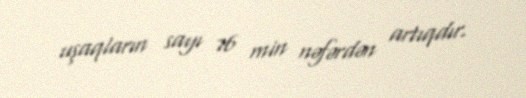
uşaqların sayı 76 min nəfərdən artıqdır.